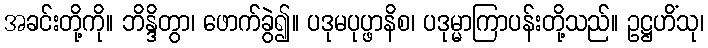
အခင်းတို့ကို။ ဘိန္ဒိတွာ၊ ဖောက်ခွဲ၍။ ပဒုမပုပ္ဖာနိစ၊ ပဒုမ္မာကြာပန်းတို့သည်။ ဥဋ္ဌဟိံသု၊